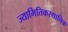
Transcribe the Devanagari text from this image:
ज्यामितिकस्थानिक